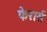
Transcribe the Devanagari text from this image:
फेरार्स